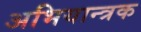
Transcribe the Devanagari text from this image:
अभियान्त्रक